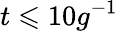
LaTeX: t\leqslant 10g^{-1}